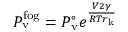
P _ { \mathrm { v } } ^ { \mathrm { f o g } } = P _ { \mathrm { v } } ^ { \circ } e ^ { \frac { V 2 \gamma } { R T r _ { \mathrm { k } } } }